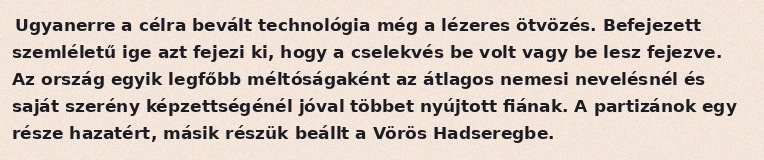
Ugyanerre a célra bevált technológia még a lézeres ötvözés. Befejezett szemléletű ige azt fejezi ki, hogy a cselekvés be volt vagy be lesz fejezve. Az ország egyik legfőbb méltóságaként az átlagos nemesi nevelésnél és saját szerény képzettségénél jóval többet nyújtott fiának. A partizánok egy része hazatért, másik részük beállt a Vörös Hadseregbe.